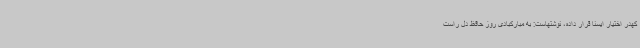
کهدر اختیار ایسنا قرار داده، نوشتهاست: به مبارکبادی روز حافظ دل راست